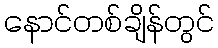
နောင်တစ်ချိန်တွင်